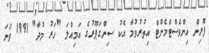
ފޮރިން އިންވެސްޓްމެންޓް އިތުރުވުމާ އެކު ސިންގަޕޫރުގެ އަމިއްލަ "ހަރު މުދާ" 1991 ވަނަ